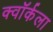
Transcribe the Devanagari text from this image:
क्वॉर्कला